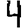
Digit: 4